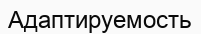
Адаптируемость